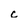
Character: c